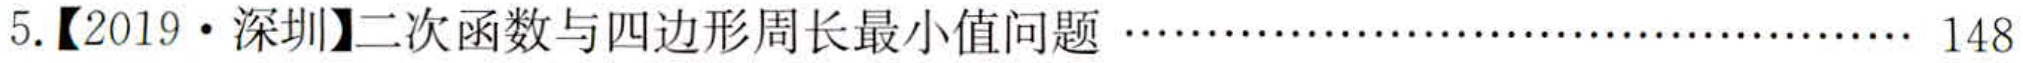
5.【2019·深圳】二次函数与四边形周长最小值问题………………………………………… 148